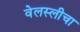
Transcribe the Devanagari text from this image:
वेलस्लीचा